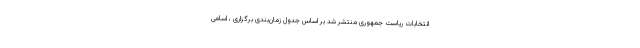
انتخابات ریاست جمهوری منتشر شد بر اساس جدول زمان‌بندی برگزاری ، اسامی